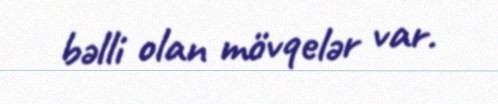
bəlli olan mövqelər var.